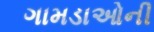
ગામડાઓની